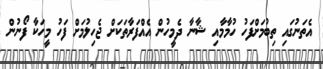
އެތަނުގައި ތިބުމަށްފަހު ހުމާމާއި ޝާނާ ދެމީހުން އެއްފަރާތަކަށް ޖެހިލުމަށް ފަހު މީހަކާ ފޯނުން